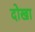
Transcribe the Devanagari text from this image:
दोखा